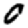
Digit: 0